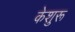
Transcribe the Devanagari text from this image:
केशुरू